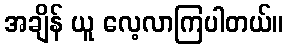
အချိန် ယူ လေ့လာကြပါတယ်။